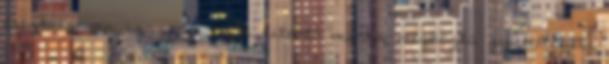
éreztük, van igazság és a kitartó munka meghozta gyümölcsét.